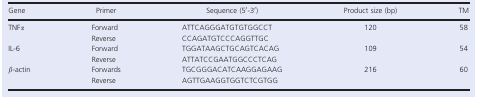
| Gene | Primer | Sequence (5′‐3′) | Product size (bp) | TM |
 | --- | --- | --- | --- | --- |
 | <ROWSPAN=2> TNFα | Forward | ATTCAGGGATGTGTGGCCT | 120 | 58 |
 | Reverse | CCAGATGTCCCAGGTTGC |  |  |
 | <ROWSPAN=2> IL‐6 | Forward | TGGATAAGCTGCAGTCACAG | 109 | 54 |
 | Reverse | ATTATCCGAATGGCCCTCAG |  |  |
 | <ROWSPAN=2> β‐actin | Forwards | TGCGGGACATCAAGGAGAAG | 216 | 60 |
 | Reverse | AGTTGAAGGTGGTCTCGTGG |  |  |